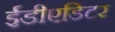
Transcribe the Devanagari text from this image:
ईडीएडिटर